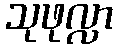
သုဖုလ္လာ